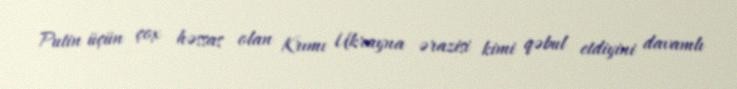
Putin üçün çox həssas olan Krımı Ukrayna ərazisi kimi qəbul etdiyini davamlı